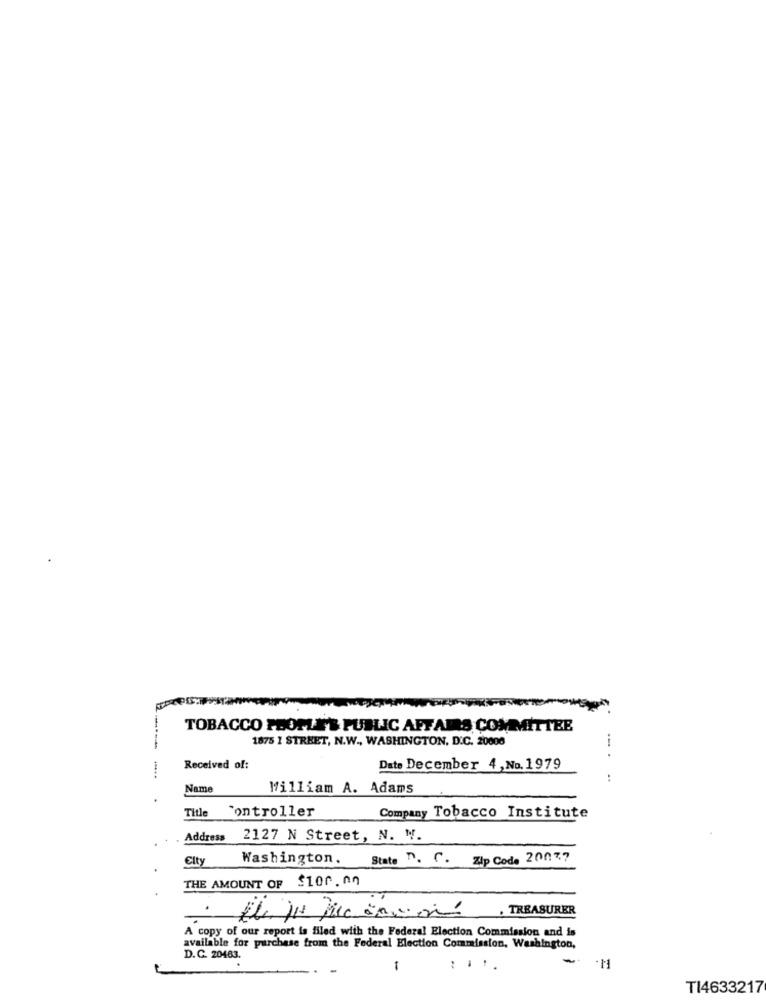
TOBACCO PEOPLE'S PUBLIC AFFAIRS COMMITTEE
1875 1 STREET, N.W ., WASHINGTON, D.C. 20008
Received of:
Date December 4, No.1979
..
..
Name
William A. Adams
Title Controller
Company Tobacco Institute
Address
2127 N Street, N. M.
City
Washington. State D. C. Zip Code 20077
THE AMOUNT OF $100. An
. TREASURER
A copy of our report is filed with the Federal Election Commission and is
available for purchase from the Federal Election Commission, Washington,
D.C. 20463.
-
.
-
:...
TI4633217